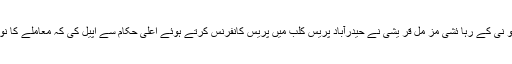
23 اپریل2018ء) حیدرآباد کی ملت اسلا میہ کا لو نی کے رہا ئشی مز مل قر یشی نے حیدرآباد پریس کلب میں پریس کانفرنس کرتے ہوئے اعلیٰ حکام سے اپیل کی کہ معاملے کا نو ٹس لیکر ہمیں تحفظ اور انصاف فراہم کیا جا ئے ۔